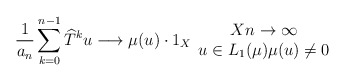
\begin{align*}\frac{1}{a_{n}}\sum_{k=0}^{n-1}\widehat{T}^{k}u\longrightarrow\mu(u)\cdot1_{X}\begin{array}[c]{c}Xn\rightarrow\infty\\u\in L_{1}(\mu)\mu(u)\neq0\end{array}\end{align*}